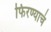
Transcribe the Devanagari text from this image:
फिरण्याचं